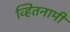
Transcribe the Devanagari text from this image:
व्हितनामी